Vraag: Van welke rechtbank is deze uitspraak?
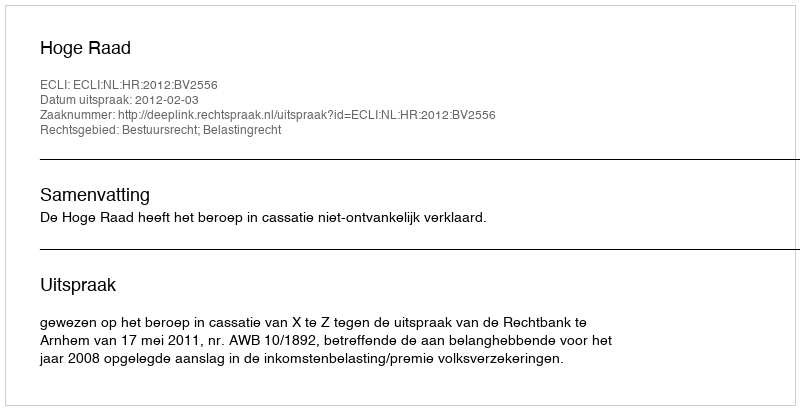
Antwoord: Hoge Raad